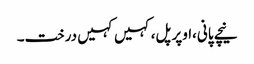
نیچے پانی،اوپر پل،کہیں کہیں درخت۔